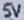
Text: 5V